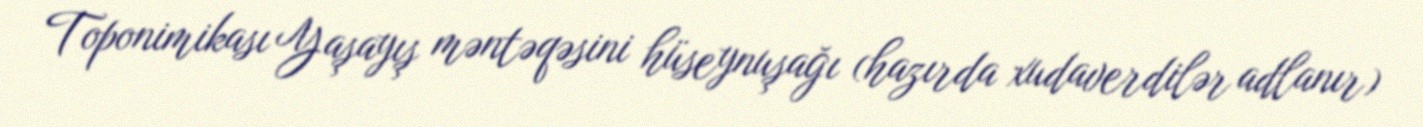
Toponimikası Yaşayış məntəqəsini hüseynuşağı (hazırda xudaverdilər adlanır)